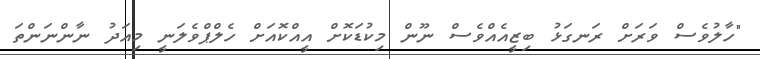
"ހާލުވެސް ވަރަށް ރަނގަޅު ބިޒީއެއްވެސް ނޫން މިކުޑަކޮށް އީއްކޮއަށް ހެލްޕްވެލަނީ މިއަދު ނާންނަންތަ